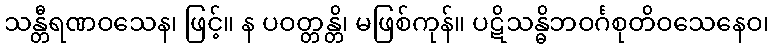
သန္တီရဏဝသေန၊ ဖြင့်။ န ပဝတ္တန္တိ၊ မဖြစ်ကုန်။ ပဋိသန္ဓိဘဝင်္ဂစုတိဝသေနေဝ၊